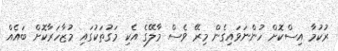
ރުކުމާ އިސްކޮށް ހުންނަވައިގެން މިރޭ ވެސް މާލޭގެ އެކި މަގުތަކުގައި މުޒާހަރާކޮށް ބައެއް